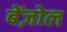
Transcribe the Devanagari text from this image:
बेंज़ोल